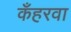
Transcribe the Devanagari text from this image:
कँहरवा